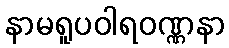
နာမရူပဝါရဝဏ္ဏနာ